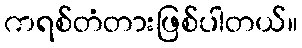
ကရစ်တံတားဖြစ်ပါတယ်။